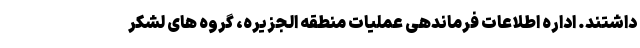
داشتند. اداره اطلاعات فرماندهی عملیات منطقه الجزیره، گروه های لشکر